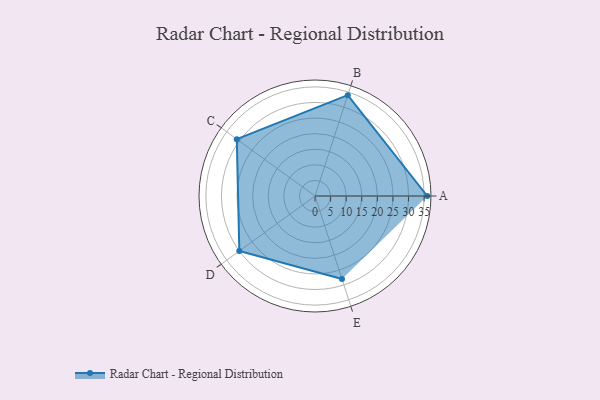
{"axis": {"x": "Skill", "y": "Score"}, "legend": ["Profile"], "data": [{"x": "A", "y": 36.0, "type": "Profile"}, {"x": "B", "y": 34.0, "type": "Profile"}, {"x": "C", "y": 31.0, "type": "Profile"}, {"x": "D", "y": 30.0, "type": "Profile"}, {"x": "E", "y": 28.0, "type": "Profile"}]}